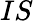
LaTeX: IS